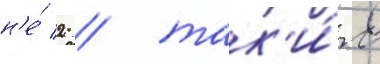
н'е́ 2 / так'и́м